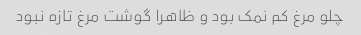
چلو مرغ کم نمک بود و ظاهرا گوشت مرغ تازه نبود